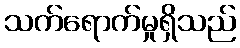
သက်ရောက်မှုရှိသည်